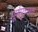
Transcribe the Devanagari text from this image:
पूर्णपुच्छक